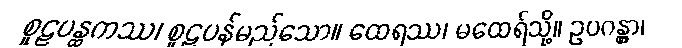
စူဠပန္ထကဿ၊ စူဠပန်မည်သော။ ထေရဿ၊ မထေရ်သို့။ ဥပဂန္တွာ၊